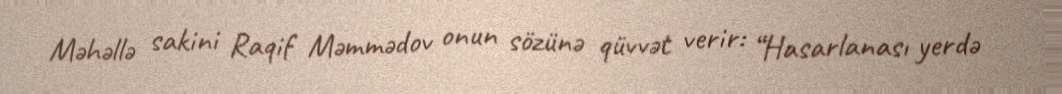
Məhəllə sakini Raqif Məmmədov onun sözünə qüvvət verir: “Hasarlanası yerdə